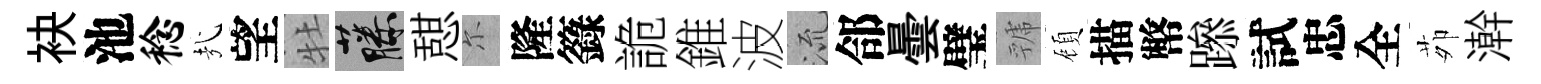
袂池稔㢤望牡藤憇尓隆籙詭錐波𣴑郃曇璧虢頋描幣𨅶試忠全茆澣